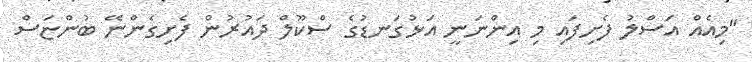
"މިއެއް އަސްލު ފެށިފައި މި އިންނަނީ އަޅުގަނޑުގެ ސްކޫލް ދައުރުން ފެށިގެންނޭ ބުންޏަސް